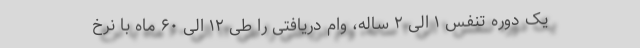
یک دوره تنفس ۱ الی ۲ ساله، وام دریافتی را طی ۱۲ الی ۶۰ ماه با نرخ